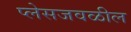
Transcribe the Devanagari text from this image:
प्लेसजवळील